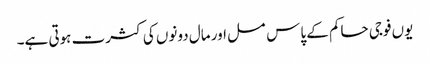
یوں فوجی حاکم کے پاس مسل اور مال دونوں کی کثرت ہوتی ہے۔